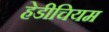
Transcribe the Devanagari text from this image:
हेडीचियम